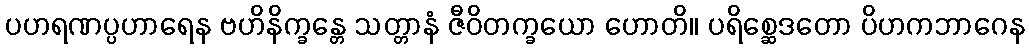
ပဟရဏပ္ပဟာရေန ဗဟိနိက္ခန္တေ သတ္တာနံ ဇီဝိတက္ခယော ဟောတိ။ ပရိစ္ဆေဒတော ပိဟကဘာဂေန